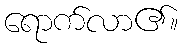
ရောက်လာ၏။